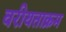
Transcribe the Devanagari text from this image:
वरीयताक्रम